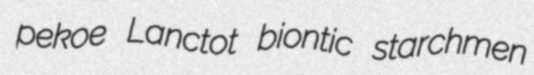
pekoe Lanctot biontic starchmen